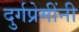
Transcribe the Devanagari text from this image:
दुर्गप्रेमींनी